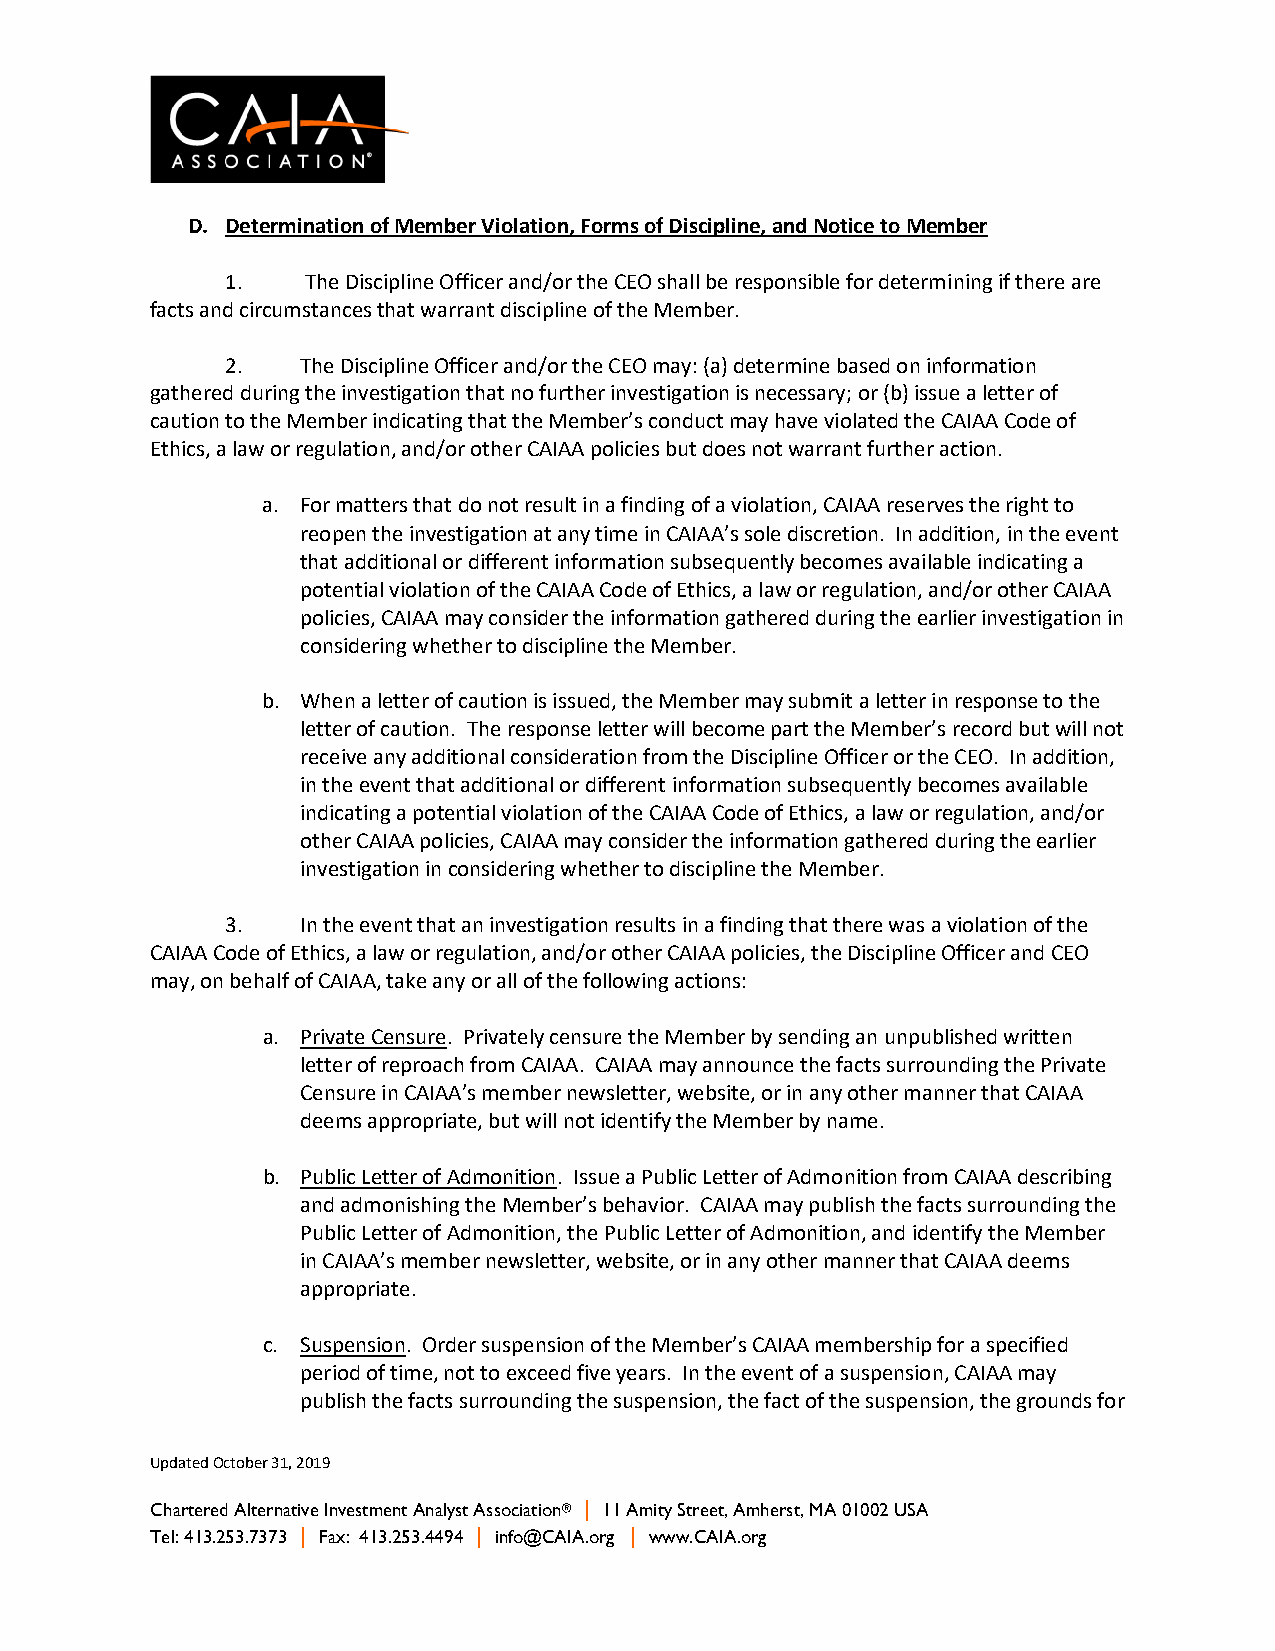
D. Determination of Member Violation, Forms of Discipline, and Notice to Member
 1.   The Discipline Officer and/or the CEO shall be responsible for determining if there are
 facts and circumstances that warrant discipline of the Member.
 2.   The Discipline Officer and/or the CEO may: (a) determine based on information
 gathered during the investigation that no further investigation is necessary; or (b) issue a letter of
 caution to the Member indicating that the Member’s conduct may have violated the CAIAA Code of
 Ethics, a law or regulation, and/or other CAIAA policies but does not warrant further action.
 a. For matters that do not result in a finding of a violation, CAIAA reserves the right to
 reopen the investigation at any time in CAIAA’s sole discretion. In addition, in the event
 that additional or different information subsequently becomes available indicating a
 potential violation of the CAIAA Code of Ethics, a law or regulation, and/or other CAIAA
 policies, CAIAA may consider the information gathered during the earlier investigation in
 considering whether to discipline the Member.
 b. When a letter of caution is issued, the Member may submit a letter in response to the
 letter of caution. The response letter will become part the Member’s record but will not
 receive any additional consideration from the Discipline Officer or the CEO. In addition,
 in the event that additional or different information subsequently becomes available
 indicating a potential violation of the CAIAA Code of Ethics, a law or regulation, and/or
 other CAIAA policies, CAIAA may consider the information gathered during the earlier
 investigation in considering whether to discipline the Member.
 3.   In the event that an investigation results in a finding that there was a violation of the
 CAIAA Code of Ethics, a law or regulation, and/or other CAIAA policies, the Discipline Officer and CEO
 may, on behalf of CAIAA, take any or all of the following actions:
 a. Private Censure. Privately censure the Member by sending an unpublished written
 letter of reproach from CAIAA. CAIAA may announce the facts surrounding the Private
 Censure in CAIAA’s member newsletter, website, or in any other manner that CAIAA
 deems appropriate, but will not identify the Member by name.
 b. Public Letter of Admonition. Issue a Public Letter of Admonition from CAIAA describing
 and admonishing the Member’s behavior. CAIAA may publish the facts surrounding the
 Public Letter of Admonition, the Public Letter of Admonition, and identify the Member
 in CAIAA’s member newsletter, website, or in any other manner that CAIAA deems
 appropriate.
 c. Suspension. Order suspension of the Member’s CAIAA membership for a specified
 period of time, not to exceed five years. In the event of a suspension, CAIAA may
 publish the facts surrounding the suspension, the fact of the suspension, the grounds for
 Updated October 31, 2019
 Chartered Alternative Investment Analyst Association® | 11 Amity Street, Amherst, MA 01002 USA
 Tel: 413.253.7373 | Fax: 413.253.4494 | info@CAIA.org | www.CAIA.org